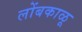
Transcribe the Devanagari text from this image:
लोंबकाळू